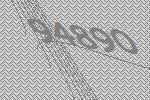
94890